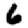
Digit: 6